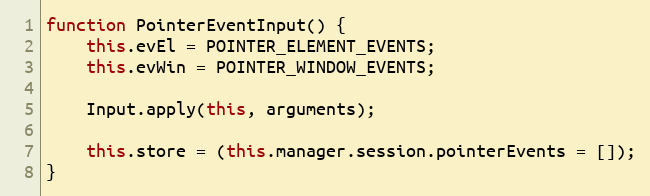
Language: JavaScript
function PointerEventInput() {
    this.evEl = POINTER_ELEMENT_EVENTS;
    this.evWin = POINTER_WINDOW_EVENTS;

    Input.apply(this, arguments);

    this.store = (this.manager.session.pointerEvents = []);
}